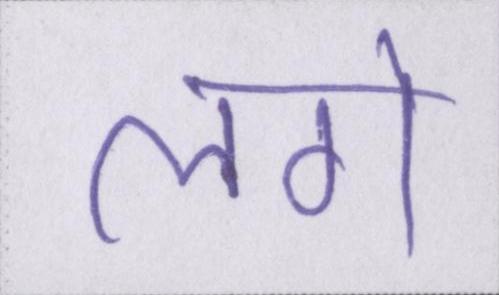
लगे